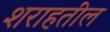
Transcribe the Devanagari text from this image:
शराहतील